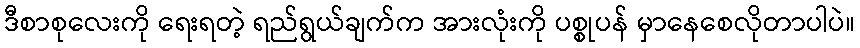
ဒီစာစုလေးကို ရေးရတဲ့ ရည်ရွယ်ချက်က အားလုံးကို ပစ္စုပန် မှာနေစေလိုတာပါပဲ။